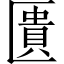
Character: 匱